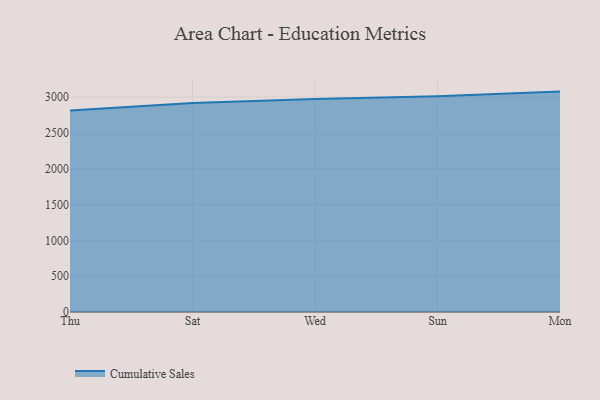
{"axis": {"x": "Day", "y": "Shipments"}, "legend": ["Cumulative Sales"], "data": [{"x": "Thu", "y": 2813.7, "type": "Cumulative Sales"}, {"x": "Sat", "y": 2916.2, "type": "Cumulative Sales"}, {"x": "Wed", "y": 2973.8, "type": "Cumulative Sales"}, {"x": "Sun", "y": 3012.4, "type": "Cumulative Sales"}, {"x": "Mon", "y": 3076.7, "type": "Cumulative Sales"}]}